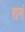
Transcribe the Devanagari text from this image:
रानं